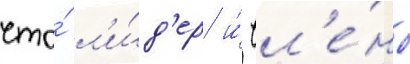
что́ л'и́д'ер и́ чл'е́ны